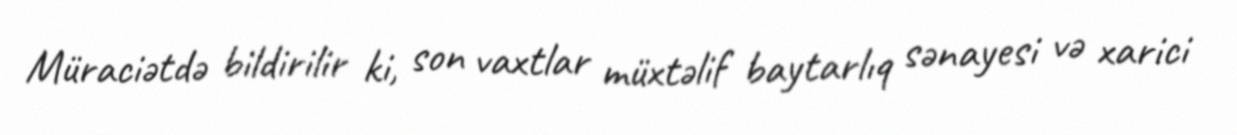
Müraciətdə bildirilir ki, son vaxtlar müxtəlif baytarlıq sənayesi və xarici